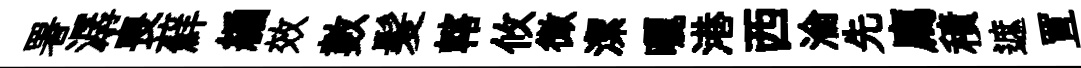
署潺喪蘚編效數髪轄攸微潔曬港西淪先廌積遮罝